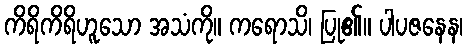
ကိရိကိရိဟူသော အသံကို။ ကရောသိ၊ ပြု၏။ ပါပဇနေန၊